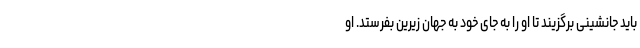
باید جانشینی برگزیند تا او را به جای خود به جهان زیرین بفرستد. او